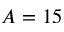
A = 1 5